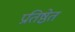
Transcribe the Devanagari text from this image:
प्रतिष्ठेत